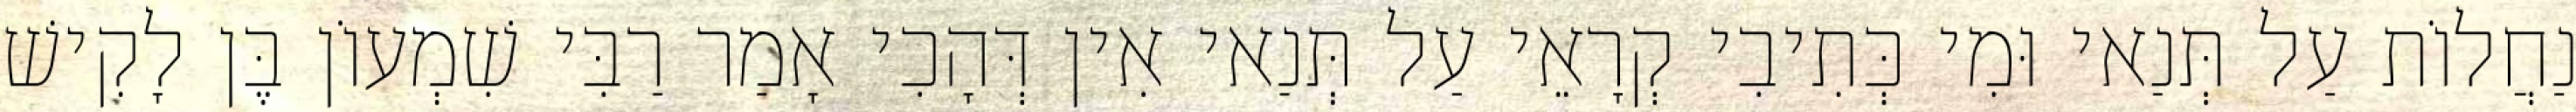
נַחֲלוֹת עַל תְּנַאי וּמִי כְּתִיבִי קְרָאֵי עַל תְּנַאי אִין דְּהָכִי אָמַר רַבִּי שִׁמְעוֹן בֶּן לָקִישׁ